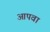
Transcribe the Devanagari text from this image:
आपवा